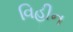
વિહીન